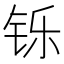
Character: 铄